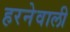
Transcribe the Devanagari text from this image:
हरनेवाली